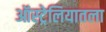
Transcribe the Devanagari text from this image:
ऑस्ट्रेलियातला